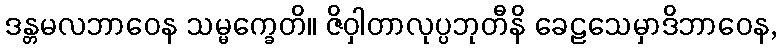
ဒန္တမလဘာဝေန သမ္မက္ခေတိ။ ဇိဝှါတာလုပ္ပဘုတီနိ ခေဠသေမှာဒိဘာဝေန,